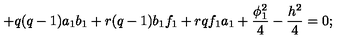
+ q ( q - 1 ) a _ { 1 } b _ { 1 } + r ( q - 1 ) b _ { 1 } f _ { 1 } + r q f _ { 1 } a _ { 1 } + \frac { \phi _ { 1 } ^ { 2 } } { 4 } - \frac { h ^ { 2 } } { 4 } = 0 ;